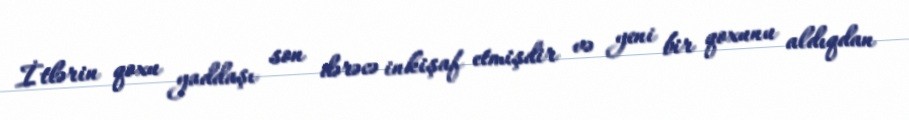
İtlərin qoxu yaddaşı son dərəcə inkişaf etmişdir və yeni bir qoxunu aldıqdan